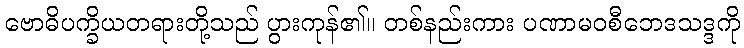
ဗောဓိပက္ခိယတရားတို့သည် ပွားကုန်၏။ တစ်နည်းကား ပဏာမဝစီဘေဒသဒ္ဒကို